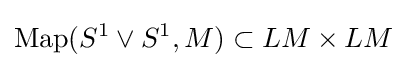
{\rm {Map}}(S^{1}\lor S^{1},M)\subset LM\times LM